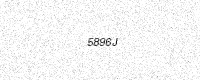
Text: 5896J